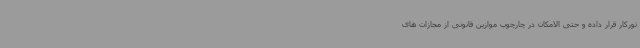
تورکار قرار داده و حتی الامکان در چارچوب موازین قانونی از مجازات های